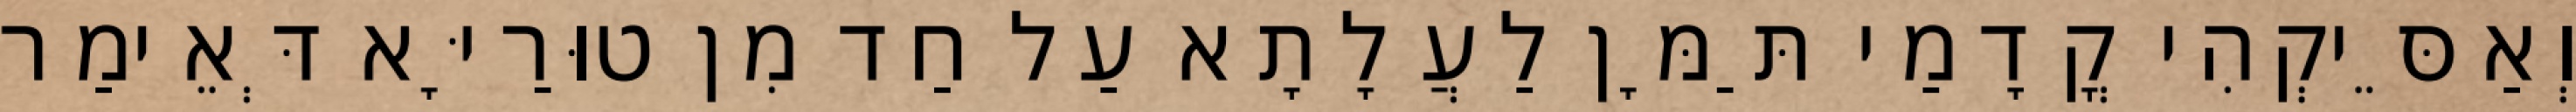
וְאַסֵּיקְהִי קֳדָמַי תַּמָּן לַעֲלָתָא עַל חַד מִן טוּרַיָּא דְּאֵימַר